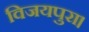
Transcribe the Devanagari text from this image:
विजयपुरा।